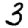
Digit: 3